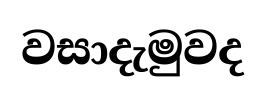
වසාදැමුවද